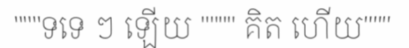
"""ទទេ ៗ ឡើយ """" គិត ហើយ"""